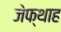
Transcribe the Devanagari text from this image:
जेफ्थाह